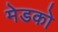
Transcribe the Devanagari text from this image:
मेडको